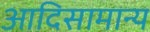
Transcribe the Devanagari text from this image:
आदिसामान्य